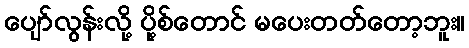
ပျော်လွန်းလို့ ပို့စ်တောင် မပေးတတ်တော့ဘူး။